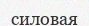
силовая